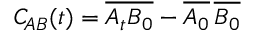
C _ { \! A B } ( t ) = \overline { { A _ { t } B _ { 0 } } } - \overline { { A _ { 0 } } } \, \overline { { B _ { 0 } } }